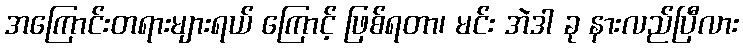
အကြောင်းတရားများရယ် ကြောင့် ဖြစ်ရတာ၊ မင်း အဲဒါ ခု နားလည်ပြီလား